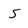
Character: 5